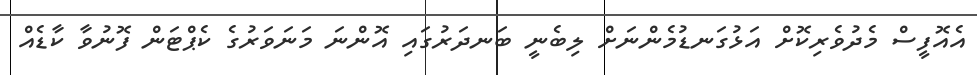
އެއޮފީސް މެދުވެރިކޮށް އަޅުގަނޑުމެންނަށް ލިބެނީ ބަނދަރުގައި އޮންނަ މަނަވަރުގެ ކެޕްޓަން ފޮނުވާ ކާޑެއް